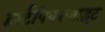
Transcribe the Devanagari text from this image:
हर्स्टपियरप्वाइंट